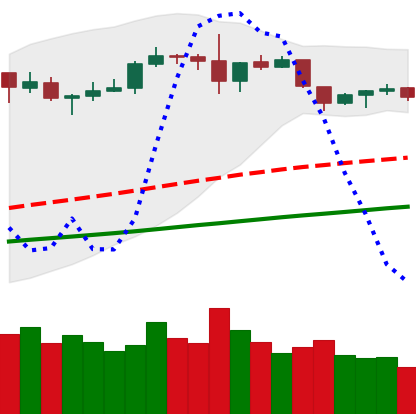
Ticker: ETH-USD
Chart end date: 2019-06-08
Forward return: 4.245%
Label: up_3_5